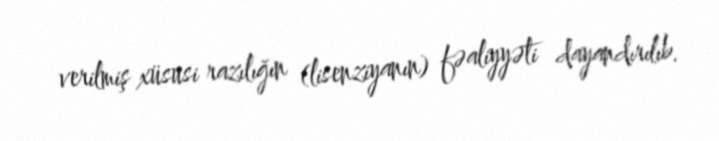
verilmiş xüsusi razılığın (lisenziyanın) fəaliyyəti dayandırılıb.